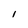
Character: I